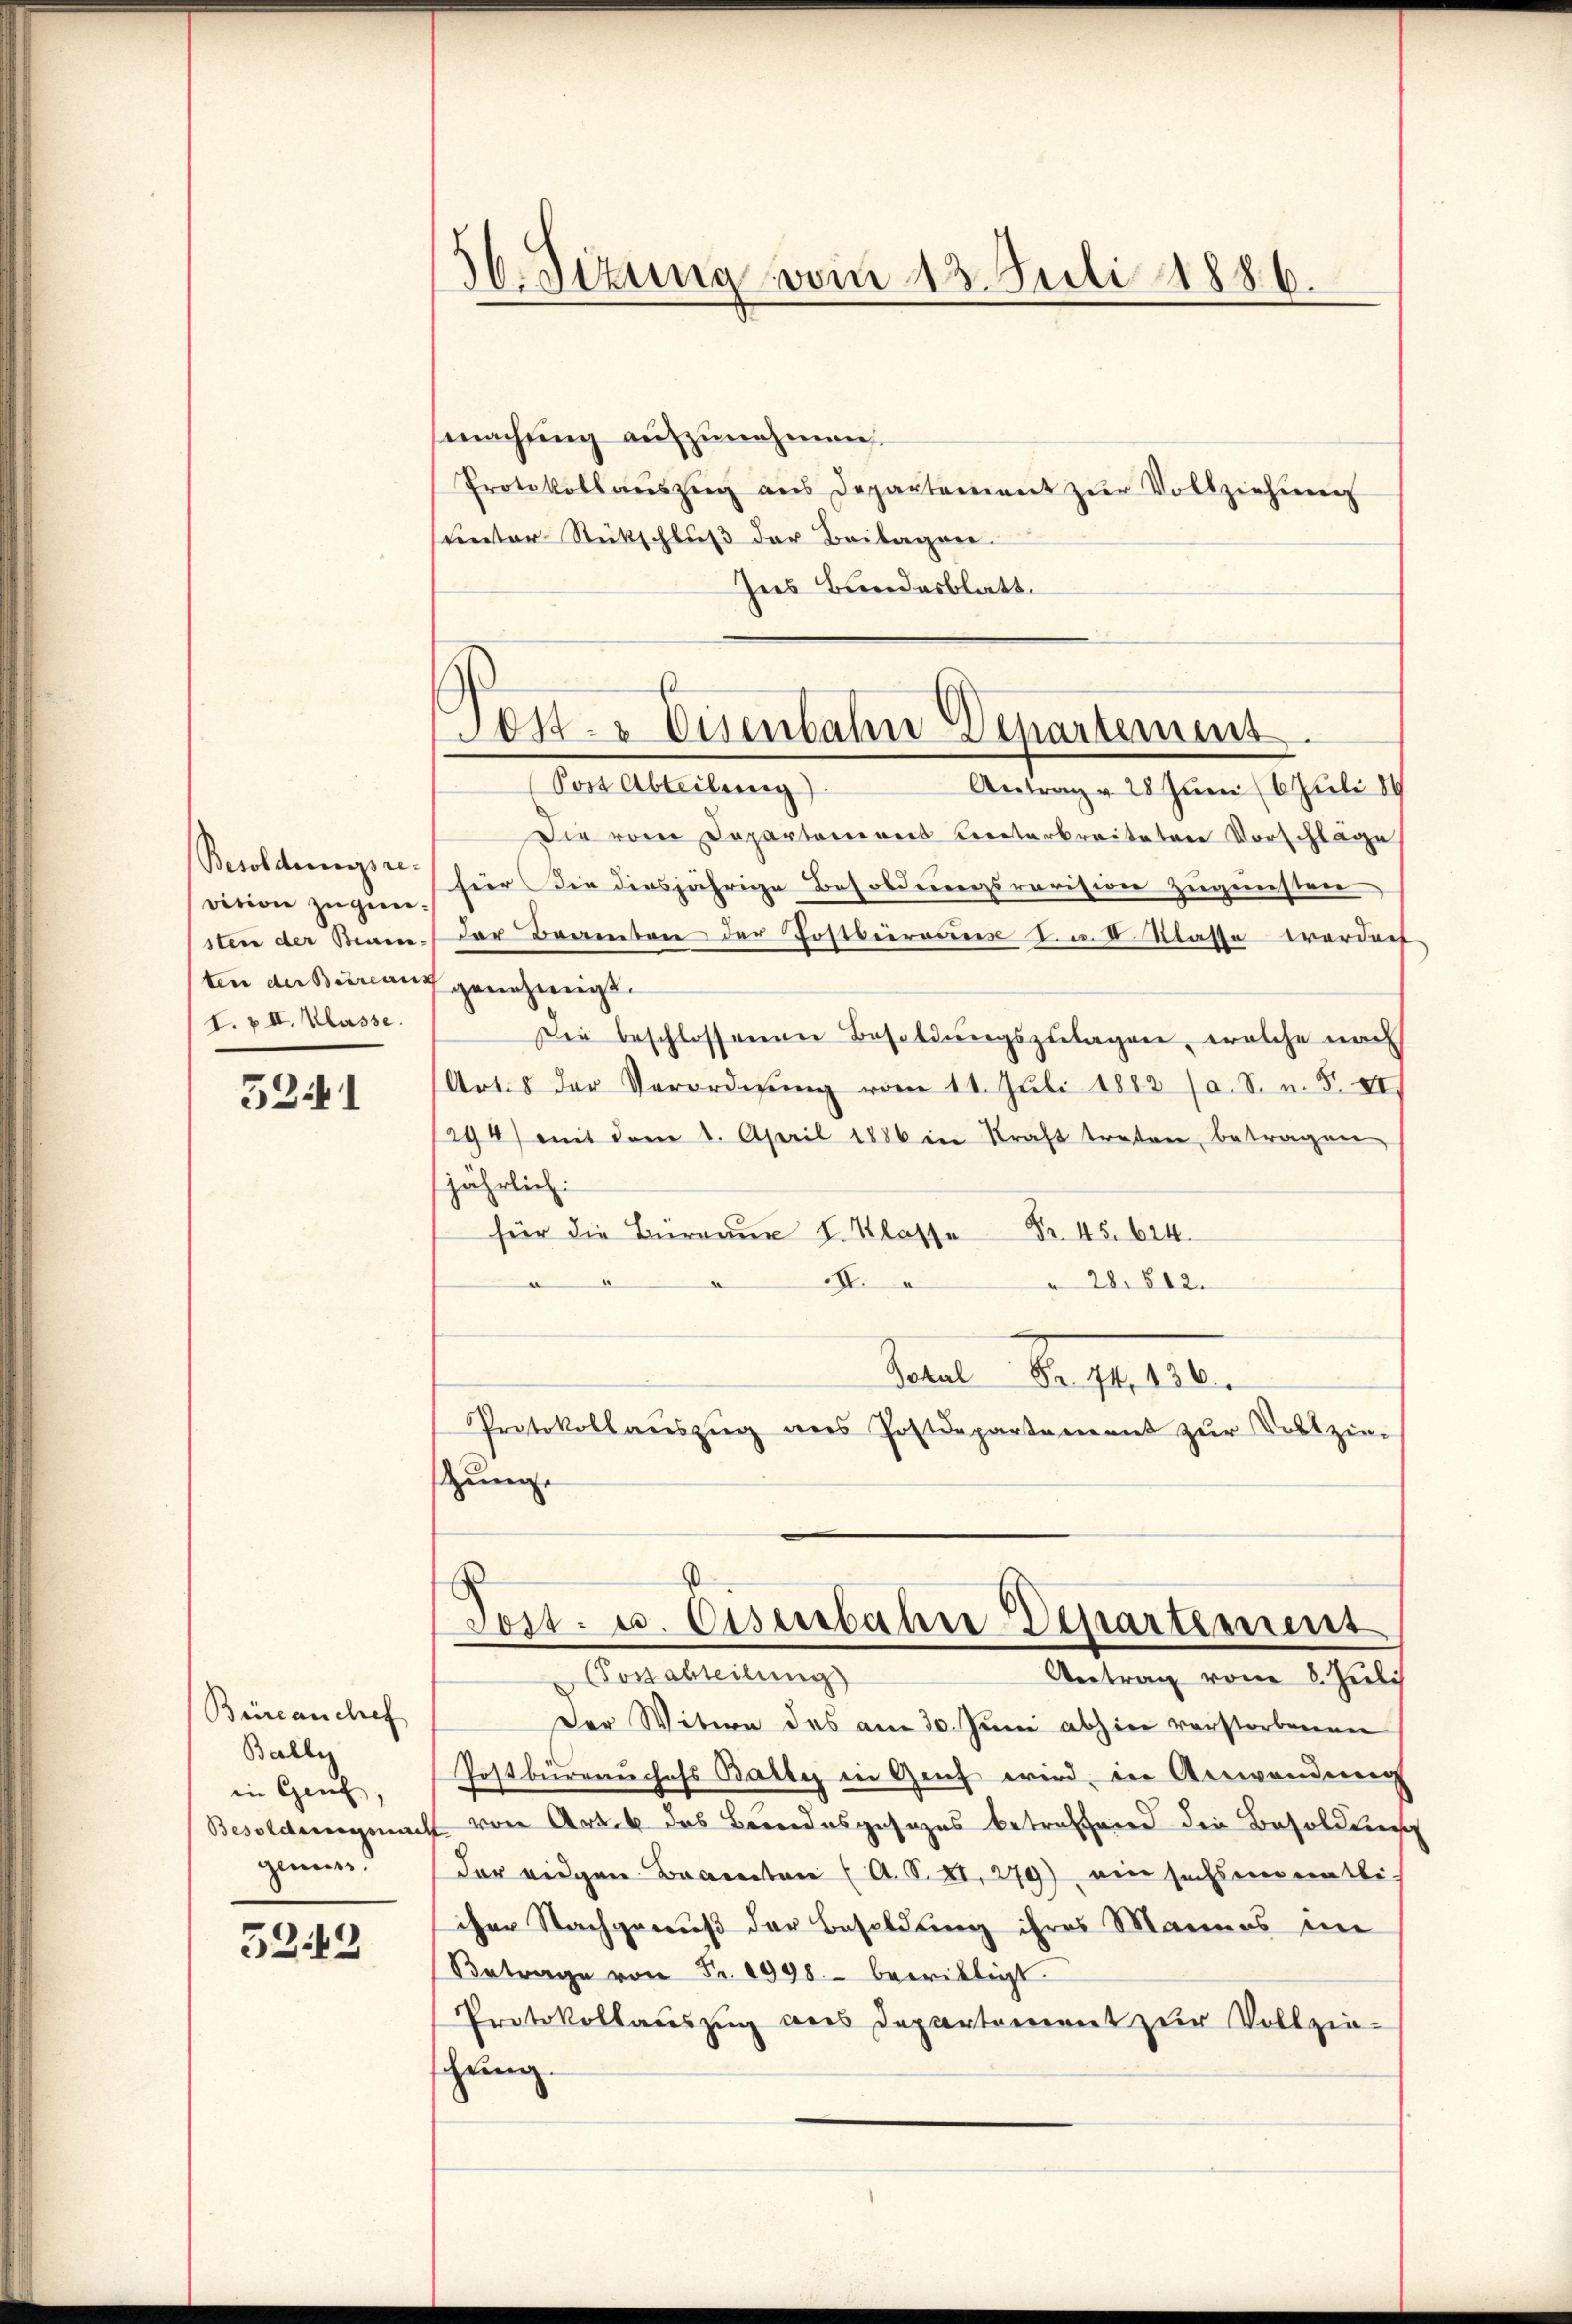
Besoldungsre
vition zugesten der Beam-
ten der Bureaus
I. & II. Klasse.

5241

Büreanchef
Balli
in Genf
Besoldungsnac
genuss.

5242

machung aufzunehmen
Protokollaŭszŭg aus Departement zŭr Vollziehung
unter Rückschluß der Beilagner.
Ins Bundesblatt.

56. Sizung vom 13. Juli 1886.

Jos. Eisenbahn Departement.

Post Abteilung).
Antrag v. 28 Juni (6. Juli 18
Die vom Departement Leiterbreiteten Vorschläge
hier Sie diesjährige Besoldungsrevision zugunsten
der Beamten der Postvierener I. u. 5 Klasse werden.
genehmigt.
Die beschlossenen Besoldungszulagen, welche nach
Artes der Verordnŭng vom 11. Jŭli 1882 (a. S. n. F. VI.
294) mit dem 1. April 1886 in Kraft treten, betragen
jährlich:
für die Büreaŭe I. Klasse Fr. 45. 624.
III.
 28. 612.
Senat Sept.
Protokollaŭszŭg ans Postdepartement zŭr Vollzie-
Zunge

s
Post. u. Eisenbahre Departement
Cossarteilung
Antrag vom 8. Juli

Der Witwe des am 30. Juni abhin verstorbenen
Postbüreauchefs Balles in Genf wird in Anwendung
 von Art. 6 des Bundesgesezes betreffend die Besoldung
der eigen Beamten (A. S. II, 279), ein sechsmonatli-
cher Nachgenuß der Besoldung ihres Mannes ni
Betrage von Fr. 1998. bewilligt.
Protokollauszug aus Departement zur Vollzie-
chung.